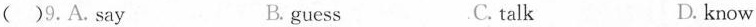
( )9.A.Say B. guess C.talk D. know